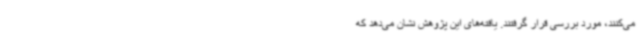
می‌کنند، مورد بررسی قرار گرفتند. یافته‌های این پژوهش نشان می‌دهد که